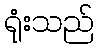
ရုံးသည်